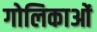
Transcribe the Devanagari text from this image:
गोलिकाओं